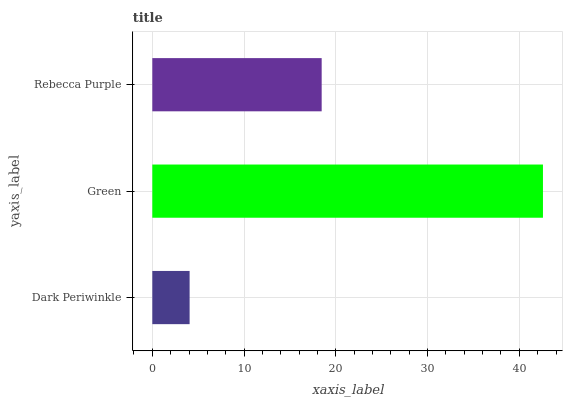
| yaxis_label | bars |
 | --- | --- |
 | Dark Periwinkle | 4.07 |
 | Green | 42.6 |
 | Rebecca Purple | 18.5 |